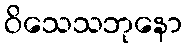
ဝိသေသဘုနော